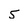
Character: 5